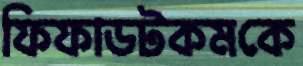
ফিফাডটকমকে